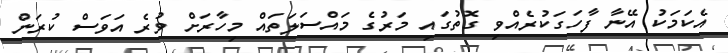
އެކަމަކު އޭނާ ފާހަގަކުރެއްވި ގޮތުގައި މަރުގެ މައްސަލަތައް މިހާރަށް ވުރެ އަވަސް ކުރަން